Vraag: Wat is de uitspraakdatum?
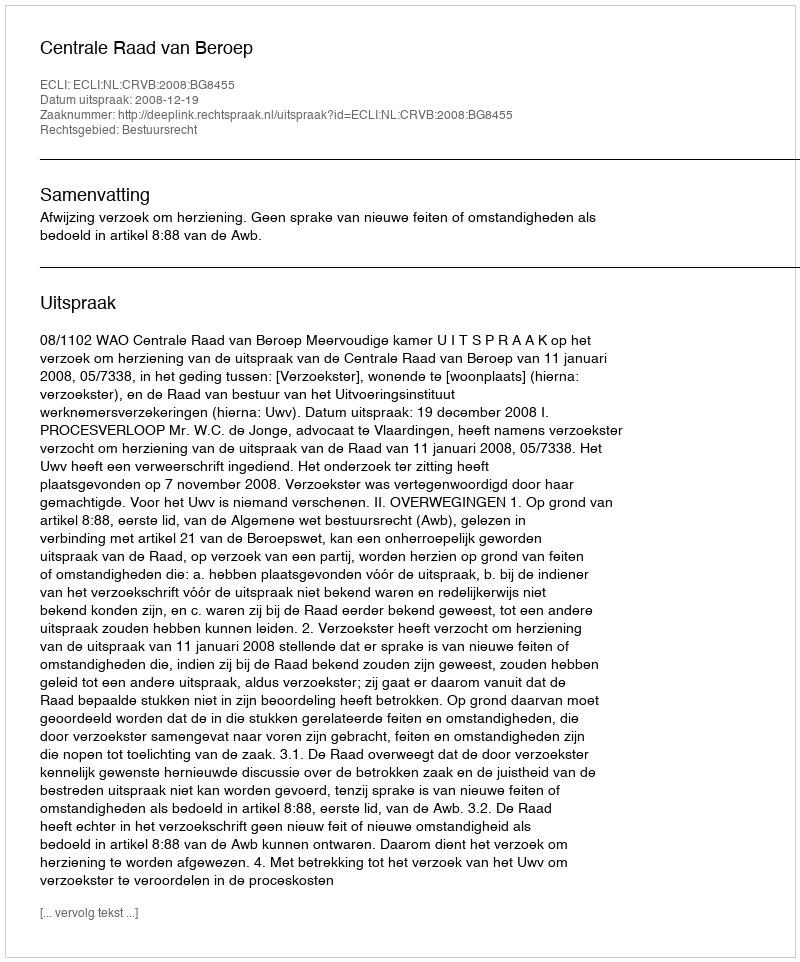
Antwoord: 2008-12-19